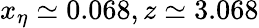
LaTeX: x_{\eta}\simeq 0.068,z\simeq 3.068